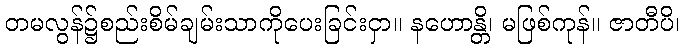
တမလွန်၌စည်းစိမ်ချမ်းသာကိုပေးခြင်းငှာ။ နဟောန္တိ၊ မဖြစ်ကုန်။ ဇာတီပိ၊